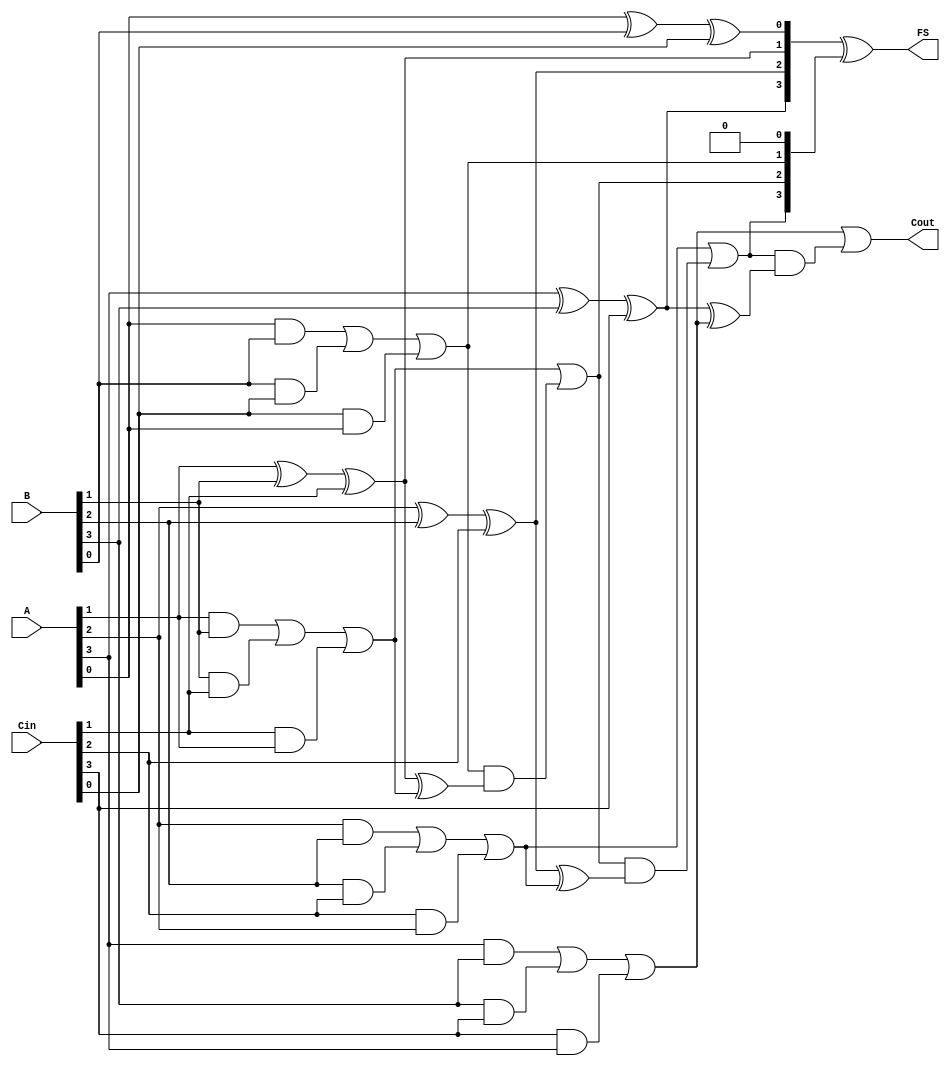
module CarrySaveAdder #(
    parameter WIDTH = 4 // Parameter for the bit width of inputs
) (
    input  [WIDTH-1:0] A,   // Input A
    input  [WIDTH-1:0] B,   // Input B
    input  [WIDTH-1:0] Cin,  // Input Carry In
    output [WIDTH-1:0] FS,   // Final Sum
    output Cout              // Final Carry Out
);

    // Intermediate signals for sum and carry
    wire [WIDTH-1:0] S; // Partial Sum
    wire [WIDTH-1:0] C; // Partial Carry

    // Partial Sum and Carry Generation
    genvar i;
    generate
        for (i = 0; i < WIDTH; i = i + 1) begin : CSA
            assign S[i] = A[i] ^ B[i] ^ Cin[i]; // Sum
            assign C[i] = (A[i] & B[i]) | (B[i] & Cin[i]) | (Cin[i] & A[i]); // Carry
        end
    endgenerate

    // Carry Propagation Adder (Ripple Carry Adder)
    wire [WIDTH:0] carry; // Extra bit for final carry out
    assign carry[0] = 1'b0; // Initial carry in is 0

    generate
        for (i = 0; i < WIDTH; i = i + 1) begin : CPA
            assign carry[i+1] = C[i] | (carry[i] & (S[i] ^ C[i])); // Carry propagation
        end
    endgenerate

    // Final Sum Calculation
    assign FS = S ^ carry[WIDTH-1:0]; // Final Sum
    assign Cout = carry[WIDTH]; // Final Carry Out

endmodule